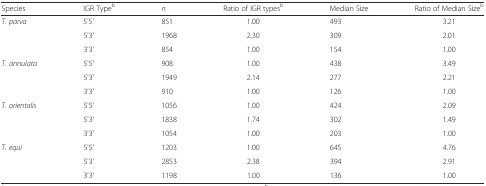
<table><thead><tr><td><b>Species</b></td><td><b>IGR Type<sup>b</sup></b></td><td><b><i>n</i></b></td><td><b>Ratio of IGR types<sup>b</sup></b></td><td><b>Median Size</b></td><td><b>Ratio of Median Size<sup>b</sup></b></td></tr></thead><tbody><tr><td><i>T. parva</i></td><td>5&#x27;5&#x27;</td><td>851</td><td>1.00</td><td>493</td><td>3.21</td></tr><tr><td></td><td>5&#x27;3&#x27;</td><td>1968</td><td>2.30</td><td>309</td><td>2.01</td></tr><tr><td></td><td>3&#x27;3&#x27;</td><td>854</td><td>1.00</td><td>154</td><td>1.00</td></tr><tr><td><i>T. annulata</i></td><td>5&#x27;5&#x27;</td><td>908</td><td>1.00</td><td>438</td><td>3.49</td></tr><tr><td></td><td>5&#x27;3&#x27;</td><td>1949</td><td>2.14</td><td>277</td><td>2.21</td></tr><tr><td></td><td>3&#x27;3&#x27;</td><td>910</td><td>1.00</td><td>126</td><td>1.00</td></tr><tr><td><i>T. orientalis</i></td><td>5&#x27;5&#x27;</td><td>1056</td><td>1.00</td><td>424</td><td>2.09</td></tr><tr><td></td><td>5&#x27;3&#x27;</td><td>1838</td><td>1.74</td><td>302</td><td>1.49</td></tr><tr><td></td><td>3&#x27;3&#x27;</td><td>1054</td><td>1.00</td><td>203</td><td>1.00</td></tr><tr><td><i>T. equi</i></td><td>5&#x27;5&#x27;</td><td>1203</td><td>1.00</td><td>645</td><td>4.76</td></tr><tr><td></td><td>5&#x27;3&#x27;</td><td>2853</td><td>2.38</td><td>394</td><td>2.91</td></tr><tr><td></td><td>3&#x27;3&#x27;</td><td>1198</td><td>1.00</td><td>136</td><td>1.00</td></tr></tbody></table>